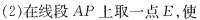
(2)在线段AP上取一点E，使